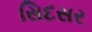
સિદસર